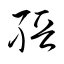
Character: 縉